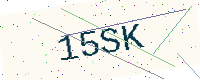
Text: 15SK